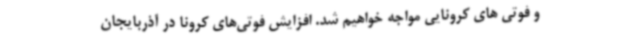
و فوتی های کرونایی مواجه خواهیم شد. افزایش فوتی‌های کرونا در آذربایجان